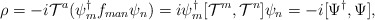
\begin{align*}\rho=-i{\cal T}^a ({\psi}^{\dagger}_m f_{man}{\psi}_n)=i\psi^{\dagger}_m[{\cal T}^m ,{\cal T}^n]\psi_n=-i[\Psi^{\dagger} ,\Psi],\end{align*}